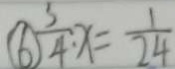
\textcircled { 6 } \frac { 3 } { 4 } : x = \frac { 1 } { 2 4 }